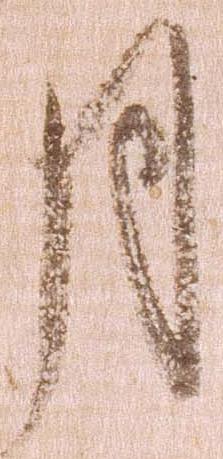
月